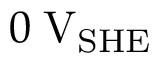
0 \; \mathrm { V } _ { \mathrm { S H E } }